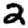
Digit: 2